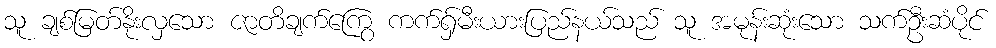
သူ ချစ်မြတ်နိုးလှသော ဇာတိချက်ကြွေ ကက်ရှ်မီးယားပြည်နယ်သည် သူ အမုန်းဆုံးသော သက်ဦးဆံပိုင်